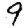
Digit: 9